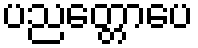
ပညတ္တောပေ